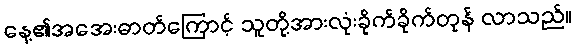
နေ့၏အအေးဓာတ်ကြောင့် သူတို့အားလုံးခိုက်ခိုက်တုန် လာသည်။